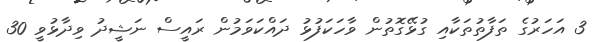
3 އަހަރުގެ ތަފާތުތަކާއި ގުޅޭގޮތުން ވާހަކަފުޅު ދައްކަވަމުން ރައީސް ނަޝީދު ވިދާޅުވީ 30